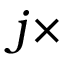
j \times